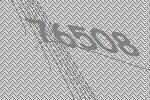
76508